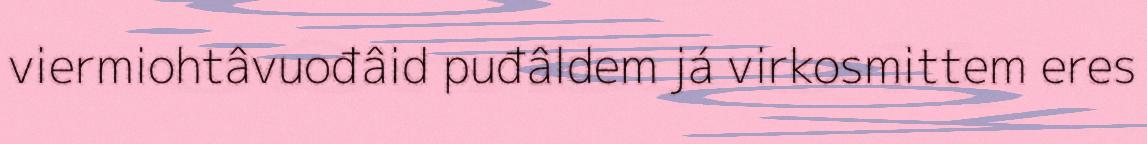
viermiohtâvuođâid puđâldem já virkosmittem eres